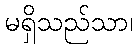
မရှိသည်သာ၊